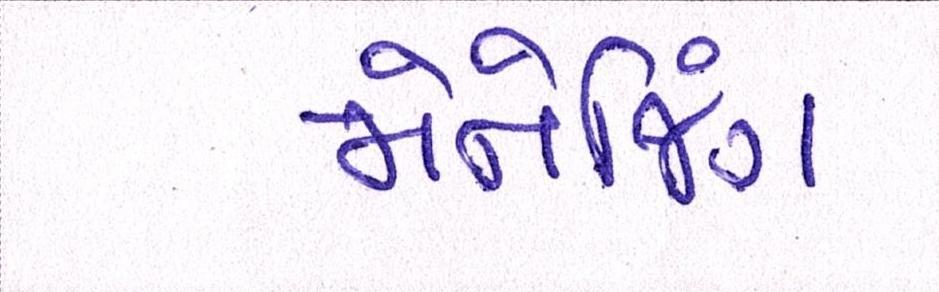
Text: મેનેજિંગ